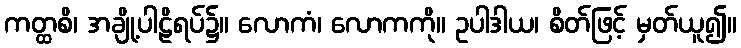
ကတ္ထစိ၊ အချို့ပါဠိရပ်၌။ လောကံ၊ လောကကို။ ဥပါဒါယ၊ စိတ်ဖြင့် မှတ်ယူ၍။